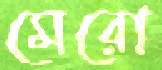
মেরো